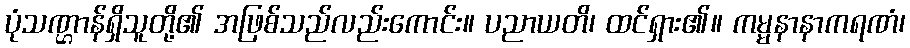
ပုံသဏ္ဌာန်ရှိသူတို့၏ အဖြစ်သည်လည်းကောင်း။ ပညာယတိ၊ ထင်ရှား၏။ ကမ္မနာနာကရဏံ၊